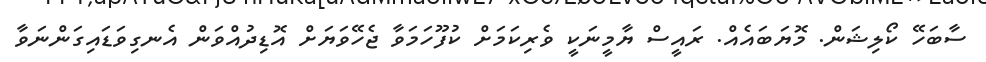
ސާބަހޭ ކޯލިޝަން. މޮޔަބައެއް. ރައީސް ޔާމީނަކީ ވެރިކަމަށް ކުފޫހަމަވާ ޖެހޭވަޔަށް އޮޑިދުއްވަން އެނގިވަޑައިގަންނަވާ